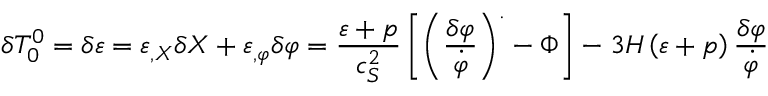
\delta T _ { 0 } ^ { 0 } = \delta \varepsilon = \varepsilon _ { , X } \delta X + \varepsilon _ { , \varphi } \delta \varphi = \frac { \varepsilon + p } { c _ { S } ^ { 2 } } \left[ \left( \frac { \delta \varphi } { \dot { \varphi } } \right) ^ { . } - \Phi \right] - 3 H \left( \varepsilon + p \right) \frac { \delta \varphi } { \dot { \varphi } }